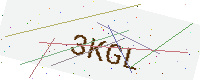
Text: 3KGL